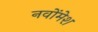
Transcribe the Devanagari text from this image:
नवोंमेश